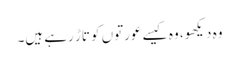
وہ دیکھو، وہ کیسے عورتوں کو تاڑ رہے ہیں۔